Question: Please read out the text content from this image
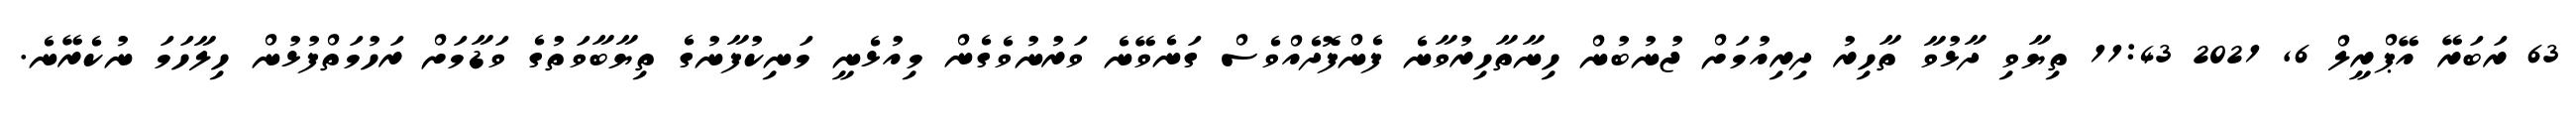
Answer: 63 ރަބަރޭ އޭޕްރީލް 6, 2021 11:43 ތިޔާވި ދާޅުވާ ތާހިރު ދިރިއުމަށް ޖުނުބުން ހިނާތާހިރުވާނެ ފެންފޮދެއްވެސް ގަނެވޭނެ ވަރުނުވެގެން މިއުޅެނީ މަނިކުފާނުގެ ތިޔާބާވަތުގެ ވަޑާމަށް ރަހުމަތްފުޅުން ހިލާހަމަ ނުކެރޭނެ.